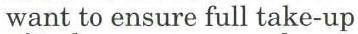
want to ensure full take-up